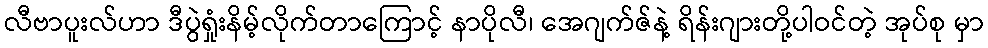
လီဗာပူးလ်ဟာ ဒီပွဲရှုံးနိမ့်လိုက်တာကြောင့် နာပိုလီ၊ အေဂျက်ဇ်နဲ့ ရိန်းဂျားတို့ပါဝင်တဲ့ အုပ်စု မှာ